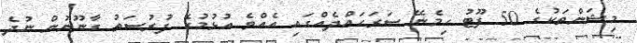
މިޝަންތަކުގެ 50 ފޫޓު ހިމެނޭ ސަރަހައްދެއްގައި އެއްވެ އުޅުމުގެ ފުރުސަތު ގާނޫނުން ނުދެ